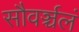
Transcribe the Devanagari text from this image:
सौवर्ञ्चलं